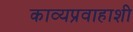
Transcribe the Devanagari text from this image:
काव्यप्रवाहाशी